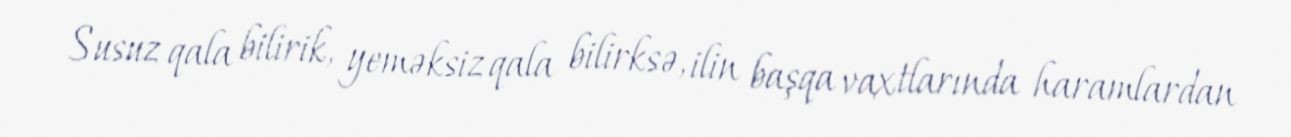
Susuz qala bilirik, yeməksiz qala bilirksə, ilin başqa vaxtlarında haramlardan